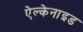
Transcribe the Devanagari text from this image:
ऐल्केनाइड